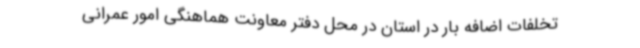
تخلفات اضافه بار در استان در محل دفتر معاونت هماهنگی امور عمرانی